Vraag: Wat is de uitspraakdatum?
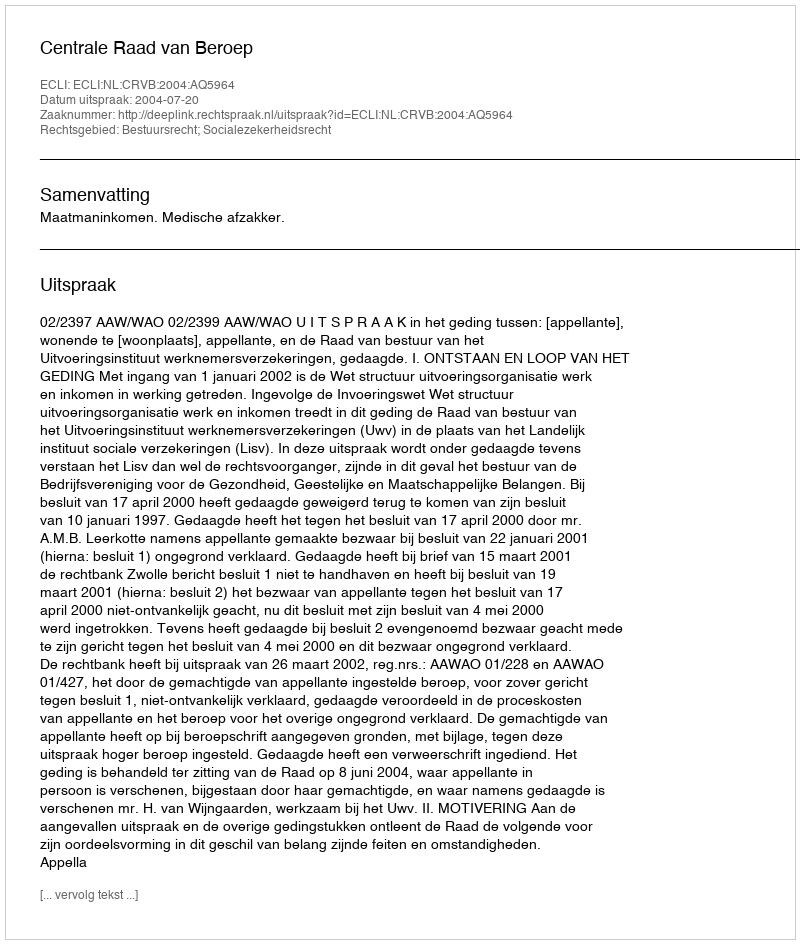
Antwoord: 2004-07-20